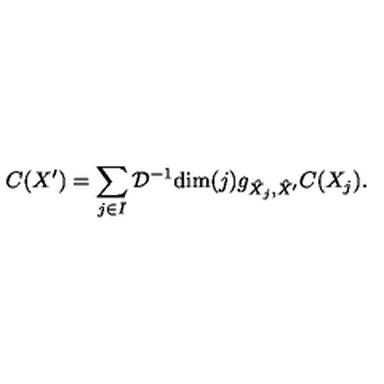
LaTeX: C ( X ^ { \prime } ) = \sum _ { j \in I } \mathcal { D } ^ { - 1 } \mathrm { d i m } ( j ) g _ { \hat { X } _ { j } , \hat { X } ^ { \prime } } C ( X _ { j } ) .